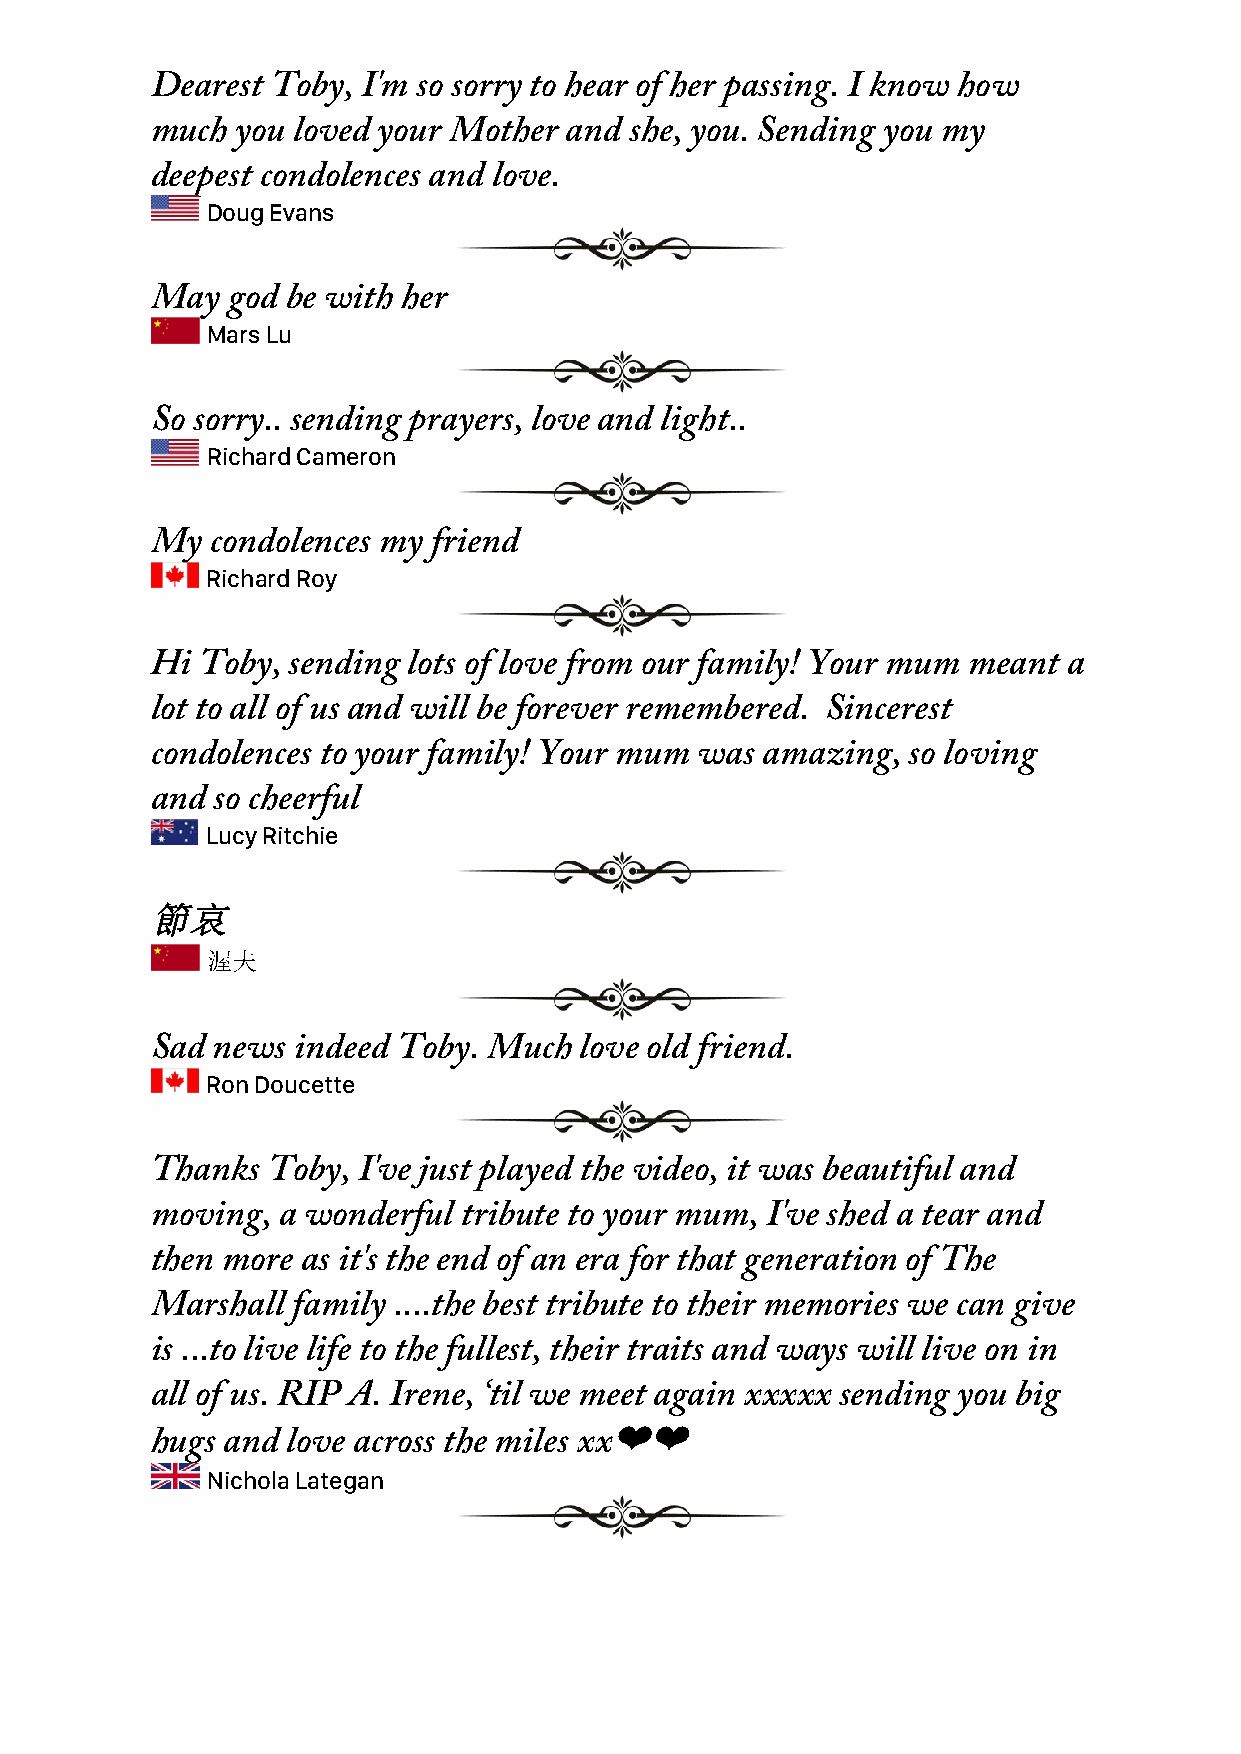
Dearest Toby, I'm so sorry to hear of her passing. I know how
 much  you loved your Mother and she, you. Sending you my
 deepest condolences and love.
 Doug Evans
 May  god be with her
 Mars Lu
 So sorry.. sending prayers, love and light..
 Richard Cameron
 My  condolences my friend
 Richard Roy
 Hi Toby, sending lots of love from our family! Your mum meant a
 lot to all of us and will be forever remembered. Sincerest
 condolences to your family! Your mum was amazing, so loving
 and so cheerful
 Lucy Ritchie
 節哀
 渥夫
 Sad news indeed Toby. Much  love old friend.
 Ron Doucette
 Thanks  Toby, I've just played the video, it was beautiful and
 moving, a wonderful  tribute to your mum, I've shed a tear and
 then more as it's the end of an era for that generation of The
 Marshall family ....the best tribute to their memories we can give
 is ...to live life to the fullest, their traits and ways will live on in
 all of us. RIP A. Irene, ‘til we meet again xxxxx sending you big
 hugs and love across the miles xx❤❤
 Nichola Lategan